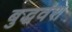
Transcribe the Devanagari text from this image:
बुद्धवंश